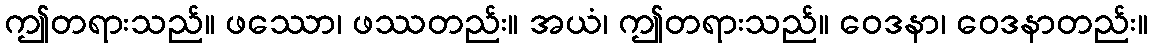
ဤတရားသည်။ ဖဿော၊ ဖဿတည်း။ အယံ၊ ဤတရားသည်။ ဝေဒနာ၊ ဝေဒနာတည်း။